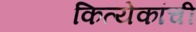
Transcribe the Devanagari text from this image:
कित्येकांची